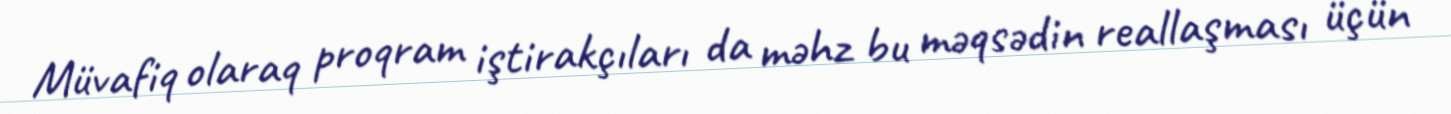
Müvafiq olaraq proqram iştirakçıları da məhz bu məqsədin reallaşması üçün